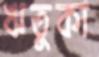
ঋতুকা